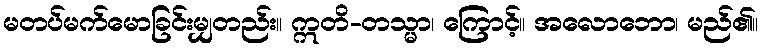
မတပ်မက်မောခြင်းမျှတည်း။ ဣတိ-တသ္မာ၊ ကြောင့်။ အလောဘော၊ မည်၏။